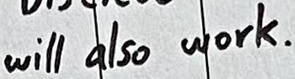
Text: will also work.